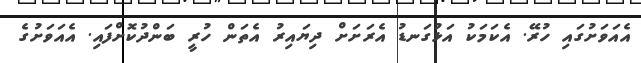
އެއަވަށުގައި ހުރޭ. އެކަމަކު އަޅުގަނޑު އެރަށަށް ދިޔައިރު އެތަން ހުރީ ބަންދުކޮށްފައި. އެއަވަށުގެ